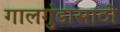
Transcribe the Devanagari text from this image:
गालगुंडासाठी